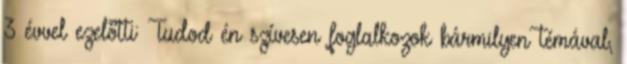
3 évvel ezelőtti: Tudod én szívesen foglalkozok bármilyen témával,